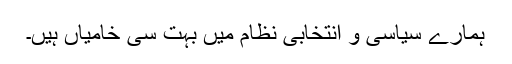
ہمارے سیاسی و انتخابی نظام میں بہت سی خامیاں ہیں۔